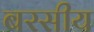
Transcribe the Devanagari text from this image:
बरसीय